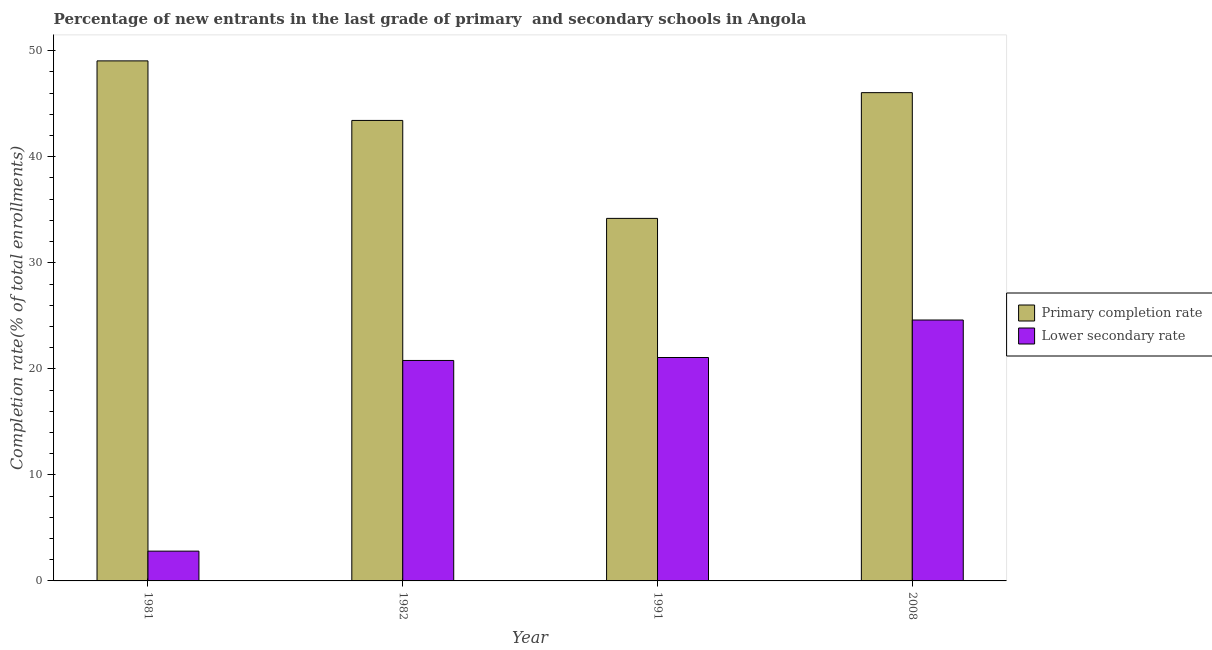
| Year | Primary completion rate | Lower secondary rate |
 | --- | --- | --- |
 | 1981 | 49 | 2.81 |
 | 1982 | 43.4 | 20.8 |
 | 1991 | 34.2 | 21.1 |
 | 2008 | 46 | 24.6 |